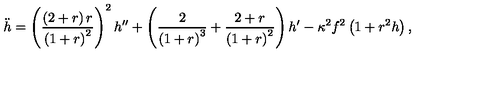
\ddot { h } = \left( \frac { \left( 2 + r \right) r } { \left( 1 + r \right) ^ { 2 } } \right) ^ { 2 } h ^ { \prime \prime } + \left( \frac { 2 } { \left( 1 + r \right) ^ { 3 } } + \frac { 2 + r } { \left( 1 + r \right) ^ { 2 } } \right) h ^ { \prime } - \kappa ^ { 2 } f ^ { 2 } \left( 1 + r ^ { 2 } h \right) ,